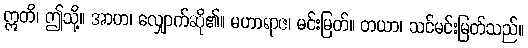
ဣတိ၊ ဤသို့။ အာဟ၊ လျှောက်ဆို၏။ မဟာရာဇ၊ မင်းမြတ်။ တယာ၊ သင်မင်းမြတ်သည်။